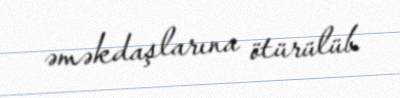
əməkdaşlarına ötürülüb.